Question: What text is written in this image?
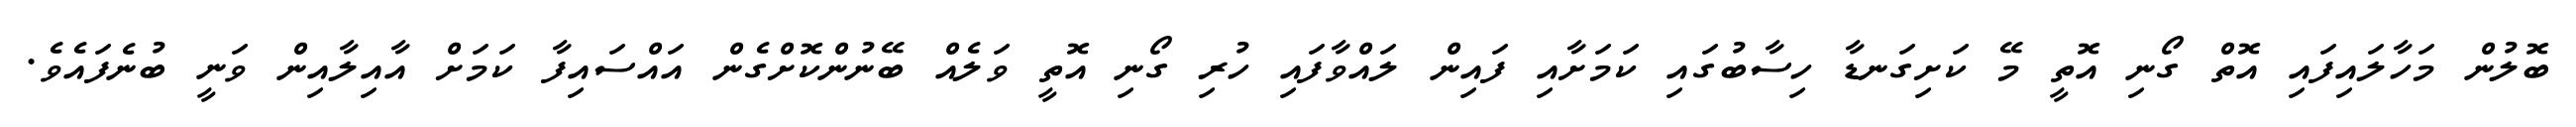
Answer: ބޮލުން މަހާލައިފައި އޮތް ގޯނި އޮތީ މޭ ކަށިގަނޑާ ހިސާބުގައި ކަމަށާއި ފައިން ލައްވާފައި ހުރި ގޯނި އޮތީ ވަލެއް ބޭނުންކޮށްގެން އައްސައިފާ ކަމަށް އާއިލާއިން ވަނީ ބުނެފައެވެ.